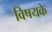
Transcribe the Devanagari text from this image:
विषयके